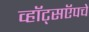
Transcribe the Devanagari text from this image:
व्हॉट्सऍपचे